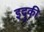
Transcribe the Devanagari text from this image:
इदुकी